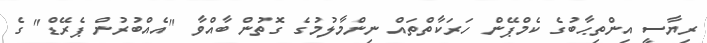
ރިޔާސީ އިންތިޙާބުގެ ކެމްޕޭން ހަރަކާތްތައް ނިންމާލުމުގެ ގޮތުން ބާއްވާ "އެއްބުރުން ޕެރޭޑް" ގެ